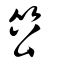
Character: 䇗